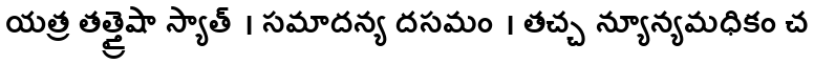
యత్ర తత్త్రైషా స్యాత్ । సమాదన్య దసమం । తచ్చ న్యూన్యమధికం చ